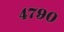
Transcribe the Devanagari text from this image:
४७९०